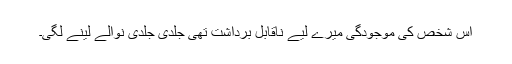
اس شخص کی موجودگی میرے لیے ناقابل برداشت تھی جلدی جلدی نوالے لینے لگی۔